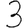
Digit: 3